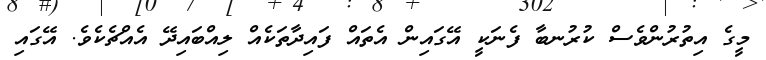
މީގެ އިތުރުންވެސް ކުރުނބާ ފެނަކީ އޭގައިން އެތައް ފައިދާތަކެއް ލިއްބައިދޭ އެއްޗެކެވެ. އޭގައި